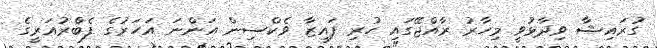
ގުރައިޝާ ވިދާޅުވީ މިހާރު ރާއްޖޭގައި ހުރި ފައިޒާ ވެކްސިން އަންނަ އަހަރުގެ ފެބްރުއަރީގެ